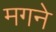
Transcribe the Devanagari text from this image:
मगने